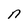
Character: n